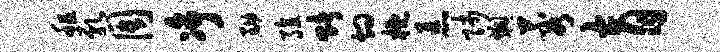
租乳周净黝殖赌灼概恚师燠蓉育